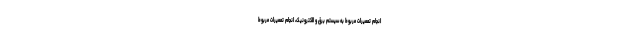
انجام تعمیرات مربوط به سیستم برق و الکترونیک، انجام تعمیرات مربوط